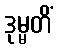
ဒုမ္မတိံ